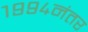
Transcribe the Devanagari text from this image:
१९९४नंतर